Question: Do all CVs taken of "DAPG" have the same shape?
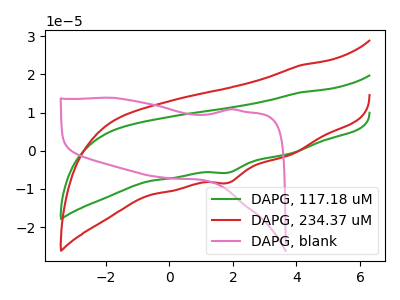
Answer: <think>The green curve "DAPG, 117.18 uM" has a cathodic peak at: (1.85V, -5.70uA). The red curve "DAPG, 234.37 uM" has a cathodic peak at: (1.85V, -8.35uA). The pink curve "DAPG, blank" has no peaks.
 All the peaks in "DAPG, 117.18 uM" have a peak in "DAPG, 234.37 uM" at the same potential. Every peak in "DAPG, 117.18 uM" is lower than every peak in "DAPG, 234.37 uM". "DAPG, 117.18 uM" and "DAPG, blank" have a different number of peaks. "DAPG, 234.37 uM" and "DAPG, blank" have a different number of peaks.</think>
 <answer>All the CV's of "DAPG" have similar shape.</answer>
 <eval>follow_rule</eval>